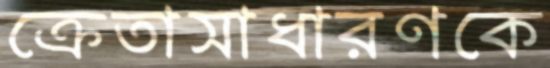
ক্রেতাসাধারণকে